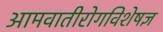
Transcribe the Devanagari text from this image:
आमवातीरोगविशेषज्ञ